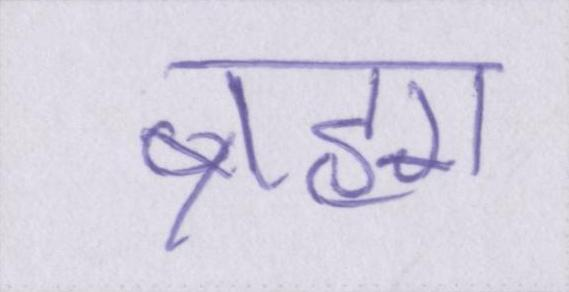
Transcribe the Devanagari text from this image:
ब्रह्मा